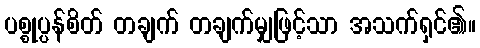
ပစ္စုပ္ပန်စိတ် တချက် တချက်မျှဖြင့်သာ အသက်ရှင်၏။